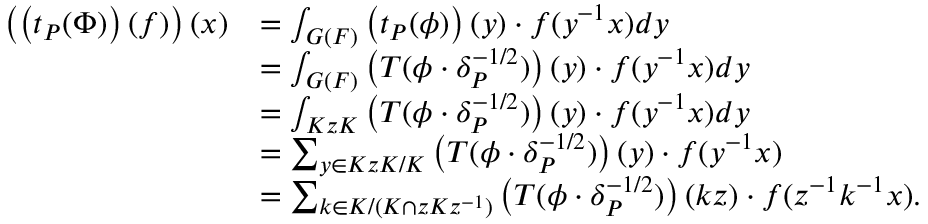
\begin{array} { r l } { \left( \left( t _ { P } ( \Phi ) \right) ( f ) \right) ( x ) } & { = \int _ { G ( F ) } \left( t _ { P } ( \phi ) \right) ( y ) \cdot f ( y ^ { - 1 } x ) d y } \\ & { = \int _ { G ( F ) } \left( T ( \phi \cdot \delta _ { P } ^ { - 1 / 2 } ) \right) ( y ) \cdot f ( y ^ { - 1 } x ) d y } \\ & { = \int _ { K z K } \left( T ( \phi \cdot \delta _ { P } ^ { - 1 / 2 } ) \right) ( y ) \cdot f ( y ^ { - 1 } x ) d y } \\ & { = \sum _ { y \in K z K / K } \left( T ( \phi \cdot \delta _ { P } ^ { - 1 / 2 } ) \right) ( y ) \cdot f ( y ^ { - 1 } x ) } \\ & { = \sum _ { k \in K / ( K \cap z K z ^ { - 1 } ) } \left( T ( \phi \cdot \delta _ { P } ^ { - 1 / 2 } ) \right) ( k z ) \cdot f ( z ^ { - 1 } k ^ { - 1 } x ) . } \end{array}